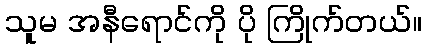
သူမ အနီရောင်ကို ပို ကြိုက်တယ်။